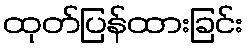
ထုတ်ပြန်ထားခြင်း